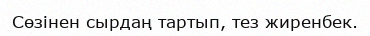
Сөзінен сырдаң тартып, тез жиренбек.